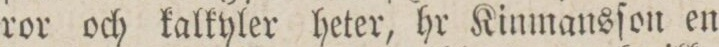
ror och kalkyler heter, hr Kinmansſon en